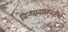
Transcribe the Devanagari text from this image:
विन्ध्यवासनतीर्थ